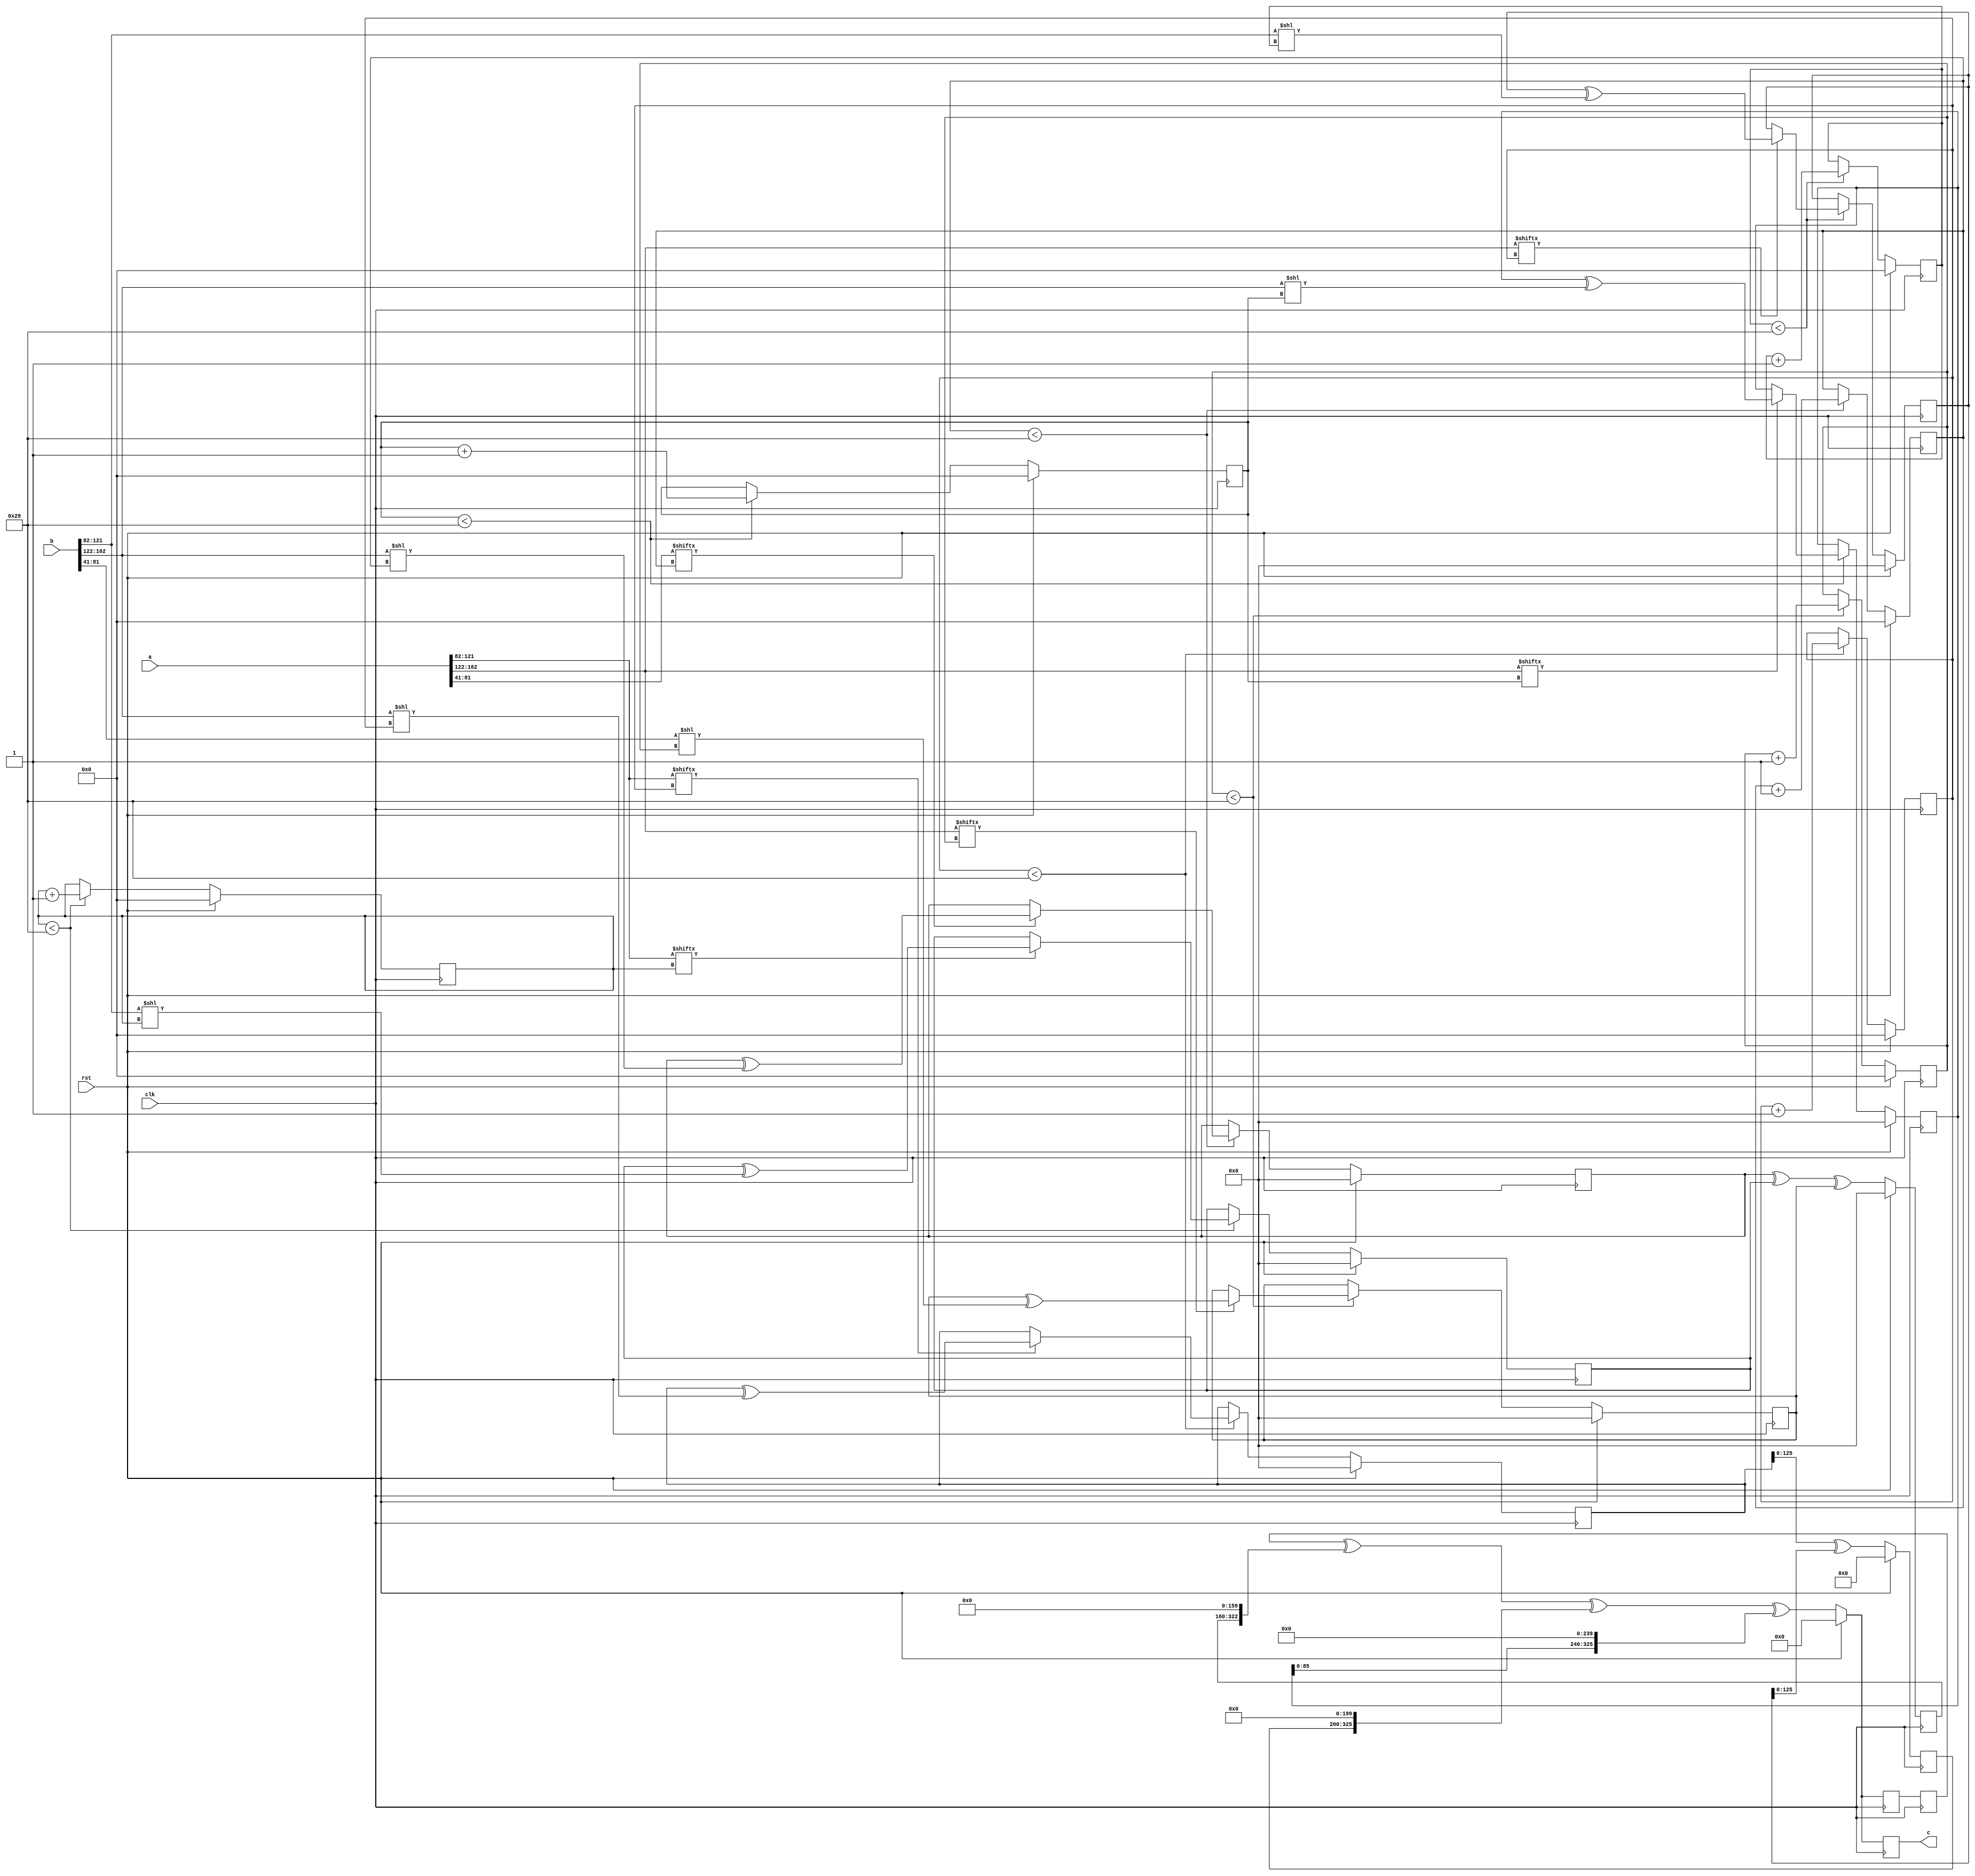
// TalTech large integer multiplier library
// Multiplier type: four_way_toom_cook
// Parameters: 163 163 2
// Target tool: genus
module four_way_toom_cook(clk, rst, a, b, c);
input clk;
input rst;
input [162:0] a;
input [162:0] b;
output reg [325:0] c;

// Pipeline register declaration 
reg [325:0] c_temp_1;

// Wires declaration 
wire  [40:0] a0;
wire  [40:0] a1;
wire  [39:0] a2;
wire  [40:0] a3;
wire  [40:0] b0;
wire  [40:0] b1;
wire  [39:0] b2;
wire  [40:0] b3;

// Registers declaration 
reg  [39:0] counter_d;
reg  [39:0] counter_e1;
reg  [39:0] counter_e2;
reg  [39:0] counter_f1;
reg  [39:0] counter_f2;
reg  [39:0] counter_f3;
reg  [39:0] counter_g1;
reg  [39:0] counter_g2;
reg  [39:0] counter_g3;
reg  [39:0] counter_g4;
reg  [39:0] counter_h1;
reg  [39:0] counter_h2;
reg  [39:0] counter_h3;
reg  [39:0] counter_i1;
reg  [39:0] counter_i2;
reg  [39:0] counter_j;
reg  [162:0] d;
reg  [162:0] e1_mul;
reg  [162:0] e2_mul;
reg  [162:0] e;
reg  [162:0] f1_mul;
reg  [162:0] f2_mul;
reg  [162:0] f3_mul;
reg  [162:0] f;
reg  [162:0] g1_mul;
reg  [162:0] g2_mul;
reg  [162:0] g3_mul;
reg  [162:0] g4_mul;
reg  [162:0] g;
reg  [162:0] h1_mul;
reg  [162:0] h2_mul;
reg  [162:0] h3_mul;
reg  [162:0] h;
reg  [162:0] i1_mul;
reg  [162:0] i2_mul;
reg  [162:0] i;
reg  [162:0] j;
reg  [325:0] temp;

// Initial assignments to wires
assign a0 = a[40:0];
assign a1 = a[81:41];
assign a2 = a[121:82];
assign a3 = a[162:122];
assign b0 = b[40:0];
assign b1 = b[81:41];
assign b2 = b[121:82];
assign b3 = b[162:122];

// Step-1 of 4-Way TCM Multiplier
always @(posedge clk) begin
		if (rst) begin			counter_d <= 40'd0;
			d <= 163'd0;
		end
		else if (counter_d < 41) begin
			if (a3[counter_d] == 1'b1) begin
				d <= d ^ (b3 << counter_d);
				counter_d <= counter_d + 1;
			end
			counter_d <= counter_d + 1;
		end
end

// Step-2 (Part-1) of 4-Way TCM Multiplier
always @(posedge clk) begin
		if (rst) begin
			counter_e1 <= 40'd0;
			e1_mul <= 163'd0;
		end
		else if (counter_e1 < 41) begin
			if (a2[counter_e1] == 1'b1) begin
				e1_mul <= e1_mul ^ (b3 << counter_e1);
				counter_e1 <= counter_e1 + 1;
			end
			counter_e1 <= counter_e1 + 1;
		end
end

// Step-2 (Part-2) of 4-Way TCM Multiplier
always @(posedge clk) begin
		if (rst) begin
			counter_e2 <= 40'd0;
			e2_mul <= 163'd0;
		end
		else if (counter_e2 < 41) begin
			if (a3[counter_e1] == 1'b1) begin
				e2_mul <= e2_mul ^ (b2 << counter_e2);
				counter_e2 <= counter_e2 + 1;
			end
			counter_e2 <= counter_e2 + 1;
		end
end

// Step-2 (Part-3) of 4-Way TCM Multiplier
always @(posedge clk) begin
		if (rst) begin
			e <= 163'd0;
		end
		else begin
			e <= e1_mul ^ e2_mul;
		end
end

// Step-3 (Part-1) of 4-Way TCM Multiplier
always @(posedge clk) begin
		if (rst) begin
			counter_f1 <= 40'd0;
			f1_mul <= 163'd0;
		end
		else if (counter_f1 < 41) begin
			if (a1[counter_f1] == 1'b1) begin
				f1_mul <= f1_mul ^ (b3 << counter_f1);
				counter_f1 <= counter_f1 + 1;
			end
			counter_f1 <= counter_f1 + 1;
		end
end

// Step-3 (Part-2) of 4-Way TCM Multiplier
always @(posedge clk) begin
		if (rst) begin
			counter_f2 <= 40'd0;
			f2_mul <= 163'd0;
		end
		else if (counter_f2 < 41) begin
			if (a2[counter_f2] == 1'b1) begin
				f2_mul <= f2_mul ^ (b2 << counter_f2);
				counter_f2 <= counter_f2 + 1;
			end
			counter_f2 <= counter_f2 + 1;
		end
end

// Step-3 (Part-3) of 4-Way TCM Multiplier
always @(posedge clk) begin
		if (rst) begin
			counter_f3 <= 40'd0;
			f3_mul <= 163'd0;
		end
		else if (counter_f3 < 41) begin
			if (a3[counter_f3] == 1'b1) begin
				f3_mul <= f3_mul ^ (b1 << counter_f3);
				counter_f3 <= counter_f3 + 1;
			end
			counter_f3 <= counter_f3 + 1;
		end
end

// Step-3 (Part-4) of 4-Way TCM Multiplier
always @(posedge clk) begin
		if (rst) begin
			f <= 163'd0;
		end
		else begin
			f <= f1_mul ^ f2_mul ^ f3_mul;
		end
end

// Step-4 (Part-1) of 4-Way TCM Multiplier
always @(posedge clk) begin
		if (rst) begin
			counter_g1 <= 40'd0;
			g1_mul <= 163'd0;
		end
		else if (counter_g1 < 41) begin
			if (a0[counter_g1] == 1'b1) begin
				g1_mul <= g1_mul ^ (b3 << counter_g1);
				counter_g1 <= counter_g1 + 1;
			end
			counter_g1 <= counter_g1 + 1;
		end
end

// Step-4 (Part-2) of 4-Way TCM Multiplier
always @(posedge clk) begin
		if (rst) begin
			counter_g2 <= 40'd0;
			g2_mul <= 163'd0;
		end
		else if (counter_g2 < 41) begin
			if (a1[counter_g2] == 1'b1) begin
				g2_mul <= g2_mul ^ (b2 << counter_g2);
				counter_g2 <= counter_g2 + 1;
			end
			counter_g2 <= counter_g2 + 1;
		end
end

// Step-4 (Part-3) of 4-Way TCM Multiplier
always @(posedge clk) begin
		if (rst) begin
			counter_g3 <= 40'd0;
			g3_mul <= 163'd0;
		end
		else if (counter_g3 < 41) begin
			if (a2[counter_g3] == 1'b1) begin
				g3_mul <= g3_mul ^ (b1 << counter_g3);
				counter_g3 <= counter_g3 + 1;
			end
			counter_g3 <= counter_g3 + 1;
		end
end

// Step-4 (Part-4) of 4-Way TCM Multiplier
always @(posedge clk) begin
		if (rst) begin
			counter_g4 <= 40'd0;
			g4_mul <= 163'd0;
		end
		else if (counter_g4 < 41) begin
			if (a3[counter_g4] == 1'b1) begin
				g4_mul <= g4_mul ^ (b0 << counter_g4);
				counter_g4 <= counter_g4 + 1;
			end
			counter_g4 <= counter_g4 + 1;
		end
end

// Step-4 (Part-5) of 4-Way TCM Multiplier
always @(posedge clk) begin
		if (rst) begin
			g <= 163'd0;
		end
		else begin
			g <= g1_mul ^ g2_mul ^ g3_mul ^ g4_mul;
		end
end

// Step-5 (Part-1) of 4-Way TCM Multiplier
always @(posedge clk) begin
		if (rst) begin
			counter_h1 <= 40'd0;
			h1_mul <= 163'd0;
		end
		else if (counter_h1 < 41) begin
			if (a0[counter_h1] == 1'b1) begin
				h1_mul <= h1_mul ^ (b2 << counter_h1);
				counter_h1 <= counter_h1 + 1;
			end
			counter_h1 <= counter_h1 + 1;
		end
end

// Step-5 (Part-2) of 4-Way TCM Multiplier
always @(posedge clk) begin
		if (rst) begin
			counter_h2 <= 40'd0;
			h2_mul <= 163'd0;
		end
		else if (counter_h2 < 41) begin
			if (a1[counter_h2] == 1'b1) begin
				h2_mul <= h2_mul ^ (b1 << counter_h2);
				counter_h2 <= counter_h2 + 1;
			end
			counter_h2 <= counter_h2 + 1;
		end
end

// Step-5 (Part-3) of 4-Way TCM Multiplier
always @(posedge clk) begin
		if (rst) begin
			counter_h3 <= 40'd0;
			h3_mul <= 163'd0;
		end
		else if (counter_h3 < 41) begin
			if (a2[counter_h3] == 1'b1) begin
				h3_mul <= h3_mul ^ (b0 << counter_h3);
				counter_h3 <= counter_h3 + 1;
			end
			counter_h3 <= counter_h3 + 1;
		end
end

// Step-5 (Part-4) of 4-Way TCM Multiplier
always @(posedge clk) begin
		if (rst) begin
			h <= 163'd0;
		end
		else begin
			h <= h1_mul ^ h2_mul ^ h3_mul;
		end
end

// Step-6 (Part-1) of 4-Way TCM Multiplier
always @(posedge clk) begin
		if (rst) begin
			counter_i1 <= 40'd0;
			i1_mul <= 163'd0;
		end
		else if (counter_i1 < 41) begin
			if (a0[counter_i1] == 1'b1) begin
				i1_mul <= i2_mul ^ (b1 << counter_i1);
				counter_i1 <= counter_i1 + 1;
			end
			counter_i1 <= counter_i1 + 1;
		end
end

// Step-6 (Part-2) of 4-Way TCM Multiplier
always @(posedge clk) begin
		if (rst) begin
			counter_i2 <= 40'd0;
			i2_mul <= 163'd0;
		end
		else if (counter_i2 < 41) begin
			if (a1[counter_i2] == 1'b1) begin
				i2_mul <= i2_mul ^ (b0 << counter_i2);
				counter_i2 <= counter_i2 + 1;
			end
			counter_i2 <= counter_i2 + 1;
		end
end

// Step-6 (Part-3) of 4-Way TCM Multiplier
always @(posedge clk) begin
		if (rst) begin
			i <= 163'd0;
		end
		else begin
			i <= i1_mul ^ i2_mul;
		end
end

// Step-7 of 4-Way TCM Multiplier
always @(posedge clk) begin
		if (rst) begin
			counter_j = 40'd0;
			j = 163'd0;
		end
		else if (counter_j < 41) begin
			if (a0[counter_j] == 1'b1) begin
				j = j ^ (b0 << counter_j);
				counter_j = counter_j + 1;
			end
			counter_j = counter_j + 1;
		end
end

// Step-8 of 4-Way TCM Multiplier
always @(posedge clk) begin
		if (rst) begin
			temp = 326'd0;
			c = 326'd0;
		end
		else begin
			temp = j;
			temp = temp ^ (i << 40);
			temp = temp ^ (h << 80);
			temp = temp ^ (g << 120);
			temp = c_temp_1 ^ (f << 160);
			temp = temp ^ (e << 200);
			temp = temp ^ (d << 240);
			c = temp;
		end
end

// pipeline stages
always @(posedge clk) begin
	c_temp_1 <= temp;
end
endmodule